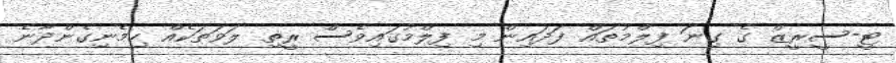
ޓީ-ސީރީޒް ގެ ގިނަ ފިލްމުތައް ފަދައިން މި ފިލްމުގައިވެސް ރީތި ލަވަތަކެއް ހިމެނިގެންދާނެ